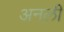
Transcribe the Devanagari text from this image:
अनली